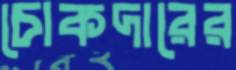
চোকদারের